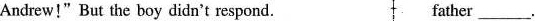
Andrew!" But the boy didn't respond. father___.